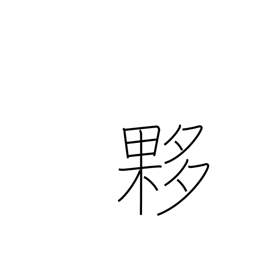
Meaning: immense